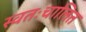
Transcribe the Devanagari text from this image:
स्वतःचालित